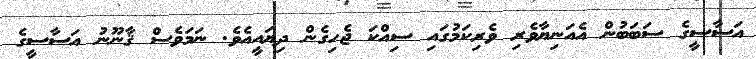
އަސާސީގެ ސަބަބުން އެއަނިޔާވެރި ވެރިކަމުގައި ސިއްކަ ޖެހިގެން ދިޔައީއެވެ. ނަމަވެސް ޤާނޫނު އަސާސީގެ